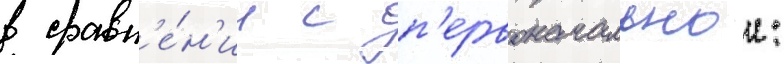
в сравн'е́н'ии с п'ервоначальнои: